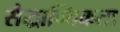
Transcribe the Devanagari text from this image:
सैद्धान्तिकता